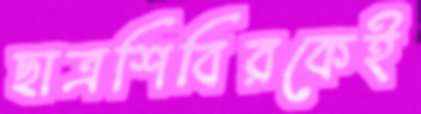
ছাত্রশিবিরকেই